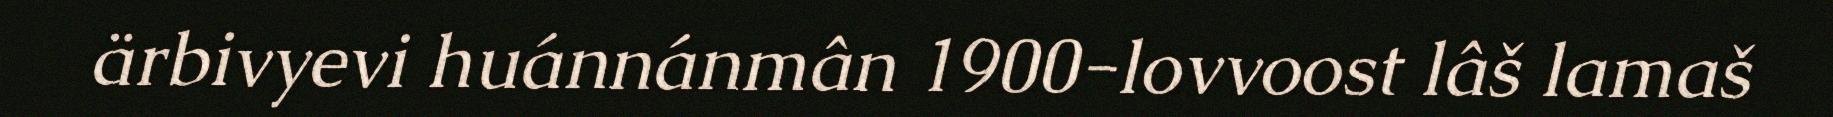
ärbivyevi huánnánmân 1900-lovvoost lâš lamaš